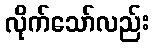
လိုက်သော်လည်း